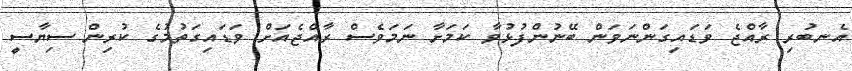
އެނބުރި ރާއްޖެ ވަޑައިގަންނަވަން ބޭނުންފުޅުވާ ކަމަށާ ނަމަވެސް ރާއްޖެއަށް ވަޑައިގަތުމުގެ ކުރިން ސިޔާސީ